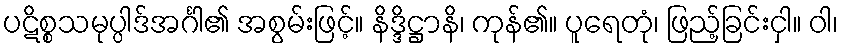
ပဋိစ္စသမုပ္ပါဒ်အင်္ဂါ၏ အစွမ်းဖြင့်။ နိဒ္ဒိဋ္ဌာနိ၊ ကုန်၏။ ပူရေတုံ၊ ဖြည့်ခြင်းငှါ။ ဝါ၊